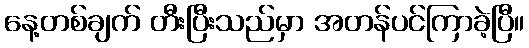
နေ့တစ်ချက် တီးပြီးသည်မှာ အတန်ပင်ကြာခဲ့ပြီ။